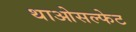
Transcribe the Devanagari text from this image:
थाओसल्फेट